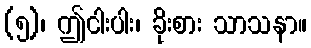
(၅)၊ ဤငါးပါး၊ ခိုးစား သာသနာ။